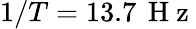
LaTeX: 1/T=13.7\, \mathrm{~H~z~}